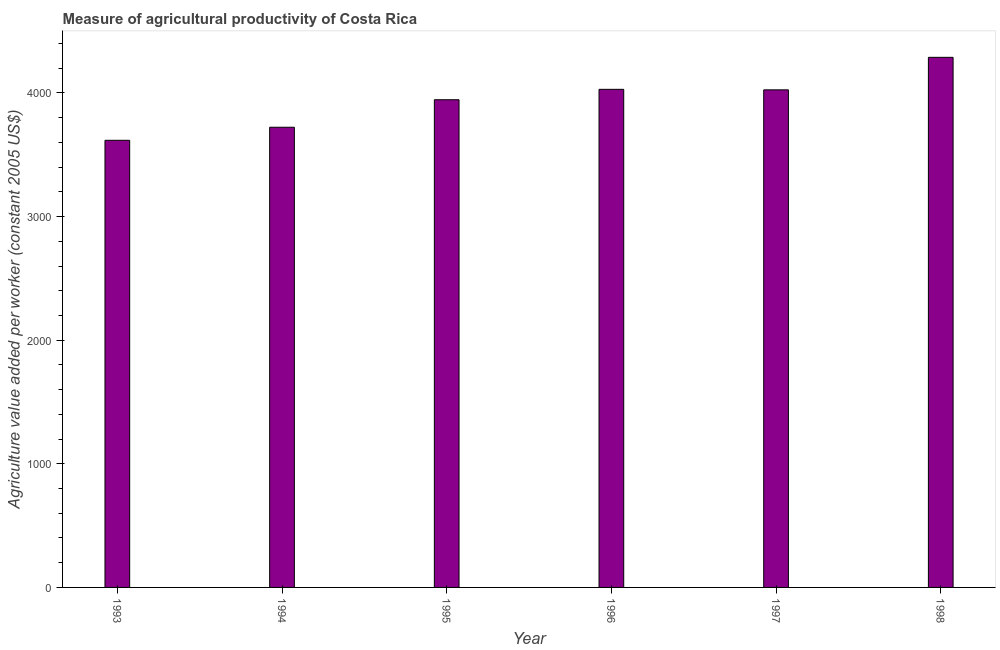
| Year | Agriculture value added per worker |
 | --- | --- |
 | 1993 | 3.62e+03 |
 | 1994 | 3.72e+03 |
 | 1995 | 3.95e+03 |
 | 1996 | 4.03e+03 |
 | 1997 | 4.03e+03 |
 | 1998 | 4.29e+03 |